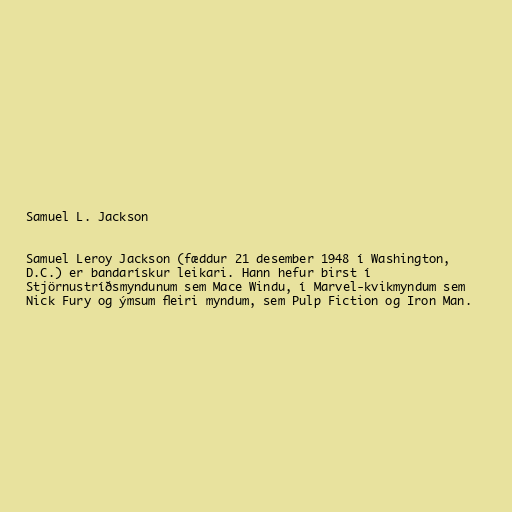
Samuel L. Jackson

Samuel Leroy Jackson (fæddur 21 desember 1948 í Washington,
D.C.) er bandarískur leikari. Hann hefur birst í
Stjörnustríðsmyndunum sem Mace Windu, í Marvel-kvikmyndum sem
Nick Fury og ýmsum fleiri myndum, sem Pulp Fiction og Iron Man.